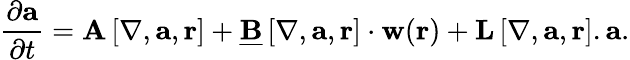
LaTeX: \frac{\partial\mathbf{a}}{\partial t}=\mathbf{A}\left[\mathbf{\nabla},\mathbf{a},\mathbf{r}\right]+\underline{{\mathbf{B}}}\left[\mathbf{\nabla},\mathbf{a},\mathbf{r}\right]\cdot\mathbf{w}(\mathbf{r})+\mathbf{L}\left[\mathbf{\nabla},\mathbf{a},\mathbf{r}\right].\mathbf{a}.